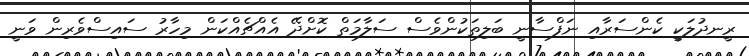
ރީނދުލަކީ ކެންސަރާއި ނަފްސާނީ ބަލިތަކުންވެސް ސަލާމަތް ކޮށްދޭ އެއްޗެއްކަން މިހާރު ސައިސްވެރިން ވަނީ